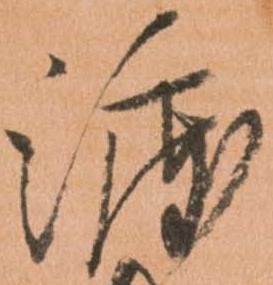
渡